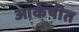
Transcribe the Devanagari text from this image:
आर्कषीत